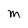
Character: m